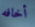
أخافه